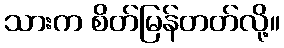
သားက စိတ်မြန်တတ်လို့။